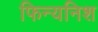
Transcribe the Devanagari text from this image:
फिन्यनिश